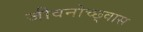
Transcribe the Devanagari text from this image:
जीवनोच्छ्वास